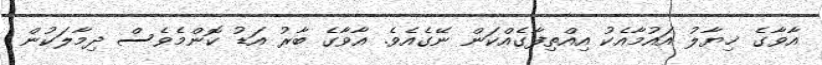
އާވާގެ ޚިޔާލު އައުމާއެކު އިއްތިފާގެއްކަން ނޭގެއެވެ. އާވާގެ ބާރު އަޑު ކޮންމެވެސް ދިމާލަކުން